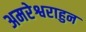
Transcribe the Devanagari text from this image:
अमरेश्वराहुन